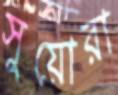
সুয়োরা